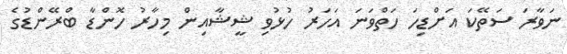
ނަވާރަ ސަތޭކަ އަށްޑިހަ ހަތްވަނަ އަހަރު ހުޅުވި ޝީޝާއިން މިހާރު ހޮންޑާ ބްރޭންޑުގެ